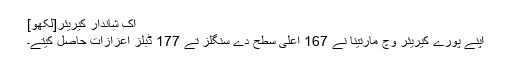
اک شاندار کیریئر[لکھو]
اپنے پورے کیریئر وچ مارتینا نے 167 اعلیٰ سطح دے سنگلز تے 177 ڈبلز اعزازات حاصل کیتے۔